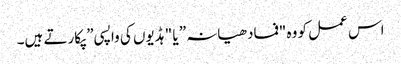
اس عمل کو وہ "فمادھیانہ” یا "ہڈیوں کی واپسی” پکارتے ہیں۔